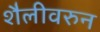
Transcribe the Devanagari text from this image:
शैलीवरुन